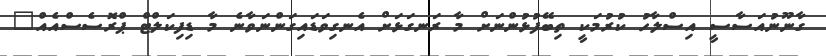
ގާނޫނުއަސާސީ އިސްލާހު ކުރުމަކީ ތިބޭފުޅުންނަށް މާ ރަނގަޅަށް އެނގިވަޑައިގަންނަވާނެ މާ ޑިފިކަލްޓް ޕްރޮސެސްއެއް"